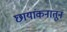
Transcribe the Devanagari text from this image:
छायांकनातून